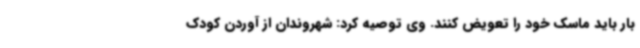
بار باید ماسک خود را تعویض کنند. وی توصیه کرد: شهروندان از آوردن کودک